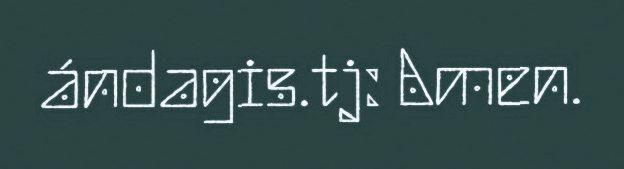
ándagis.tj: Amen.